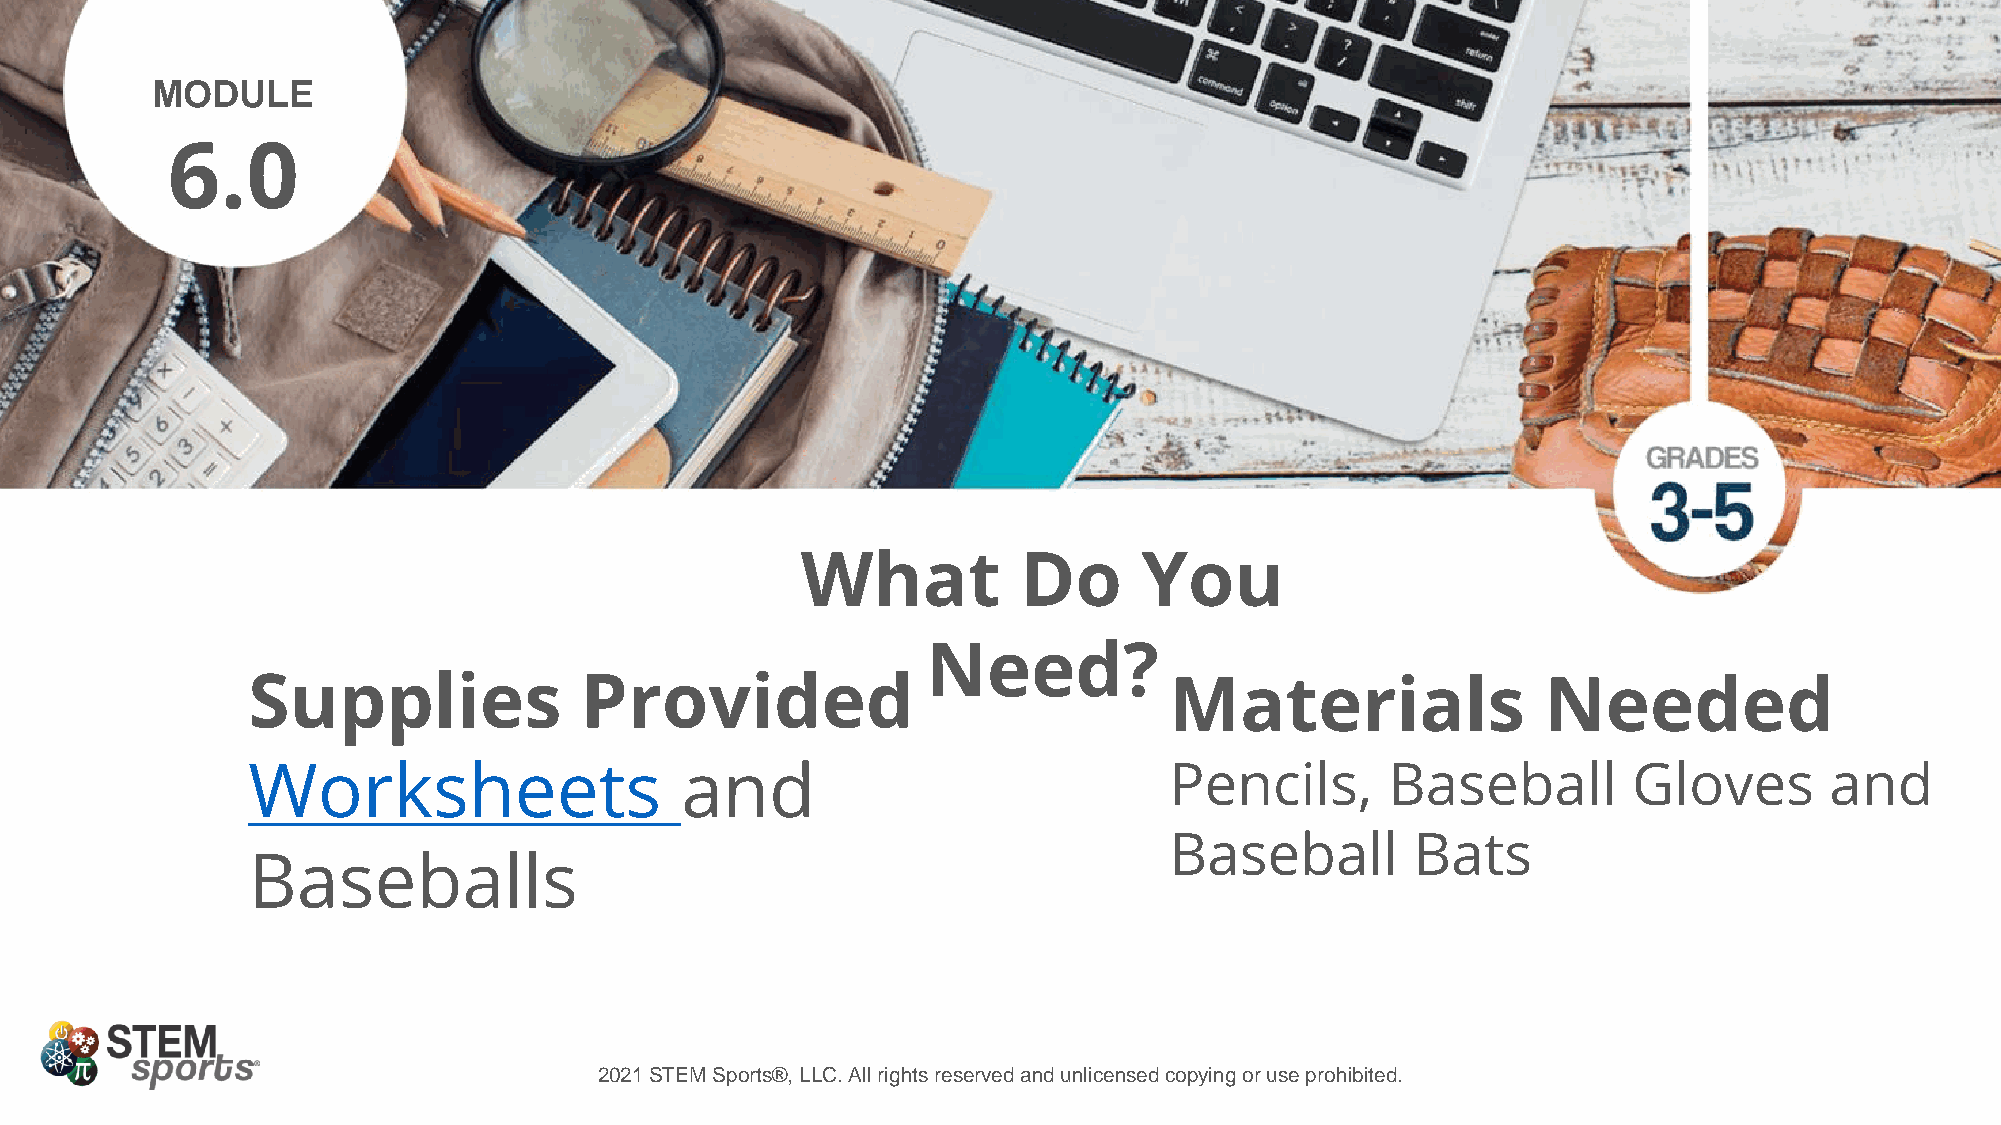
MODULE
 6.0
 What          Do       You
 Need?
 Supplies              Provided                               Materials                Needed
 Worksheets                   and                             Pencils,       Baseball        Gloves       and
 Baseball         Bats
 Baseballs
 2021 STEM Sports®, LLC. All rights reserved and unlicensed copying or use prohibited.